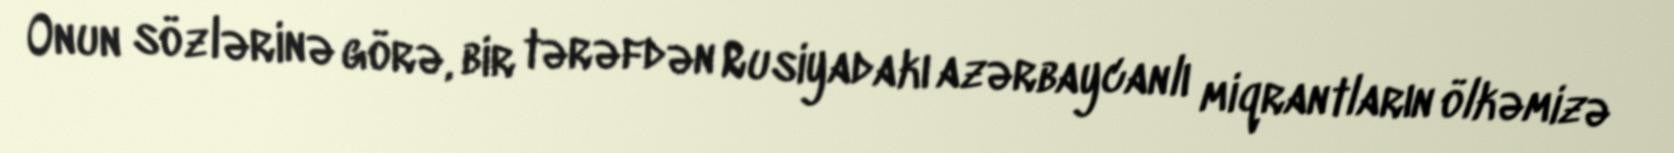
Onun sözlərinə görə, bir tərəfdən Rusiyadakı azərbaycanlı miqrantların ölkəmizə